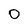
Character: O